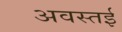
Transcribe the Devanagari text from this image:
अवस्तई